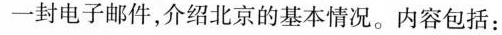
一封电子邮件，介绍北京的基本情况。内容包括：